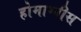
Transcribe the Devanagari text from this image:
होमाग्नीस